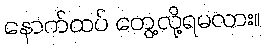
နောက်ထပ် တွေ့လို့ရမလား။